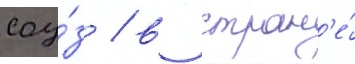
соу́з / в стран'е́